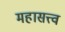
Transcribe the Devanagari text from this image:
महासत्त्व